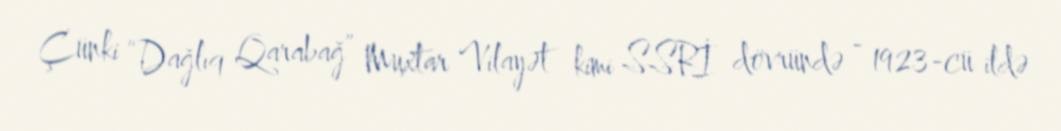
Çünki “Dağlıq Qarabağ” Muxtar Vilayət kimi SSRİ dövründə - 1923-cü ildə